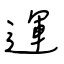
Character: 運